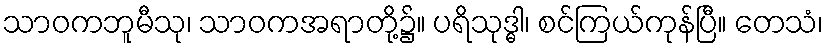
သာဝကဘူမီသု၊ သာဝကအရာတို့၌။ ပရိသုဒ္ဓါ၊ စင်ကြယ်ကုန်ပြီ။ တေသံ၊